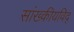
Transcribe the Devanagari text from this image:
सांख्कीयविद्